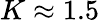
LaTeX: K\approx 1.5